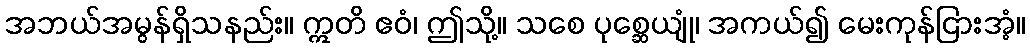
အဘယ်အမွန်ရှိသနည်း။ ဣတိ ဧဝံ၊ ဤသို့။ သစေ ပုစ္ဆေယျုံ၊ အကယ်၍ မေးကုန်ငြားအံ့။